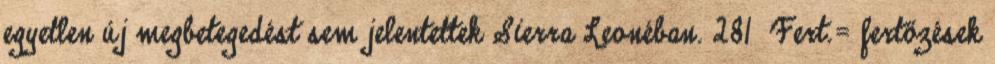
egyetlen új megbetegedést sem jelentettek Sierra Leonéban. 281 Fert.= fertőzések